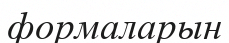
формаларын